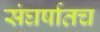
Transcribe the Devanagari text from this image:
संघर्षातच